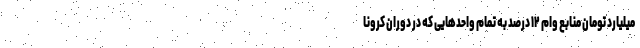
میلیارد تومان منابع وام ۱۲ درصد به تمام واحدهایی که در دوران کرونا